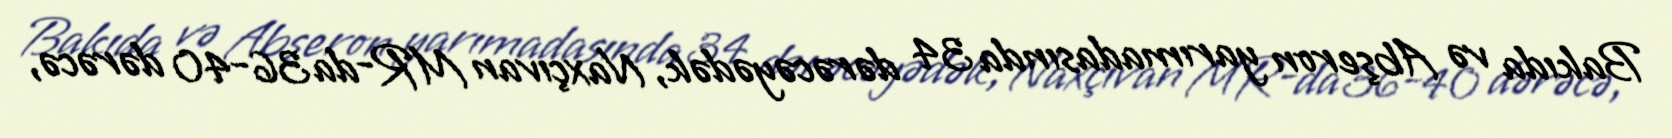
Bakıda və Abşeron yarımadasında 34 dərəcəyədək, Naxçıvan MR-da 36-40 dərəcə,